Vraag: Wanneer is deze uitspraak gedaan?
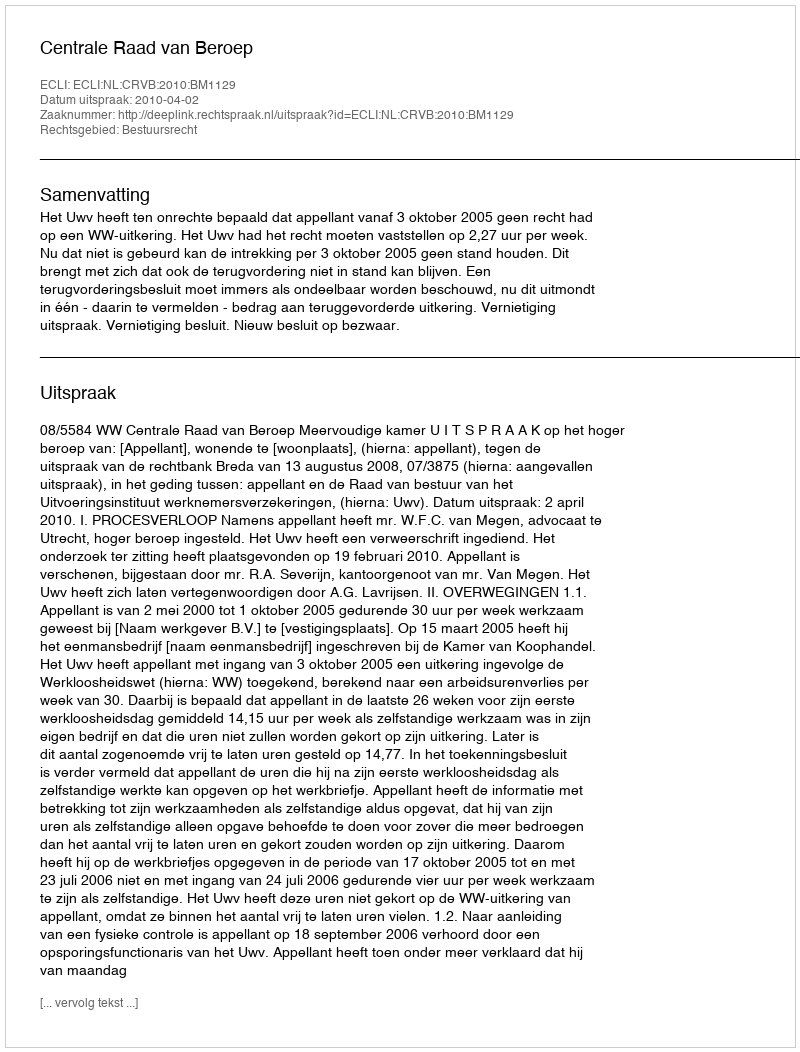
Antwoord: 2010-04-02